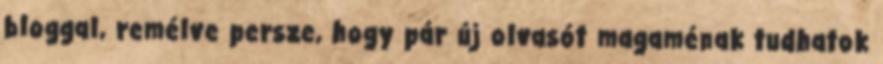
bloggal, remélve persze, hogy pár új olvasót magaménak tudhatok